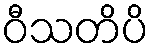
ဝီသတိပိ